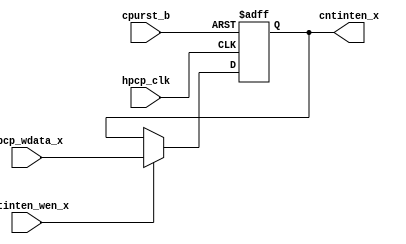
/*Copyright 2020-2021 T-Head Semiconductor Co., Ltd.

Licensed under the Apache License, Version 2.0 (the "License");
you may not use this file except in compliance with the License.
You may obtain a copy of the License at

    http://www.apache.org/licenses/LICENSE-2.0

Unless required by applicable law or agreed to in writing, software
distributed under the License is distributed on an "AS IS" BASIS,
WITHOUT WARRANTIES OR CONDITIONS OF ANY KIND, either express or implied.
See the License for the specific language governing permissions and
limitations under the License.
*/

// &ModuleBeg; @22
module aq_hpcp_cntinten_reg(
  cntinten_wen_x,
  cntinten_x,
  cpurst_b,
  hpcp_clk,
  hpcp_wdata_x
);

// &Ports; @23
input        cntinten_wen_x; 
input        cpurst_b;      
input        hpcp_clk;      
input        hpcp_wdata_x;  
output       cntinten_x;    

// &Regs; @24
reg          cntinten_x;    

// &Wires @25
wire         cntinten_wen_x; 
wire         cpurst_b;      
wire         hpcp_clk;      
wire         hpcp_wdata_x;  


always @(posedge hpcp_clk or negedge cpurst_b)
begin
  if(!cpurst_b)
      cntinten_x <= 1'b0;
  else if(cntinten_wen_x) 
      cntinten_x <= hpcp_wdata_x;
  else
      cntinten_x <= cntinten_x;
end

// &Force("output","cntinten_x"); @37
// &ModuleEnd; @38
endmodule